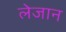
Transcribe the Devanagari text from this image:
लेजान